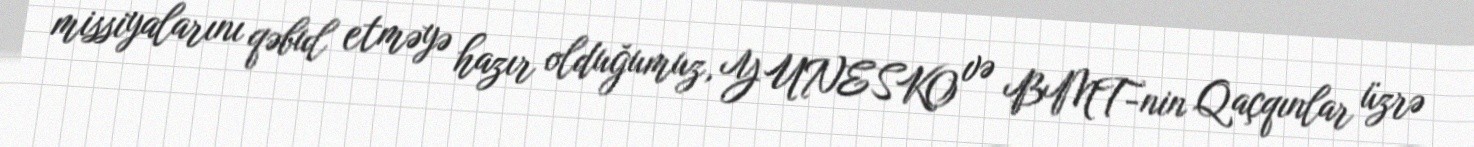
missiyalarını qəbul etməyə hazır olduğumuz, YUNESKO və BMT-nin Qaçqınlar üzrə